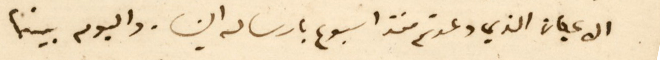
الاعيان الذي وعدتم منذ اسبوع بارساله الينا . واليوم بينما